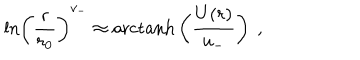
\mathrm { l n } \left( { \frac { r } { r _ { 0 } } } \right) ^ { v _ { - } } \approx \mathrm { a r c t a n h } \left( { \frac { U ( r ) } { u _ { - } } } \right) ~ ,